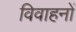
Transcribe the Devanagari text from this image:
विवाहनों